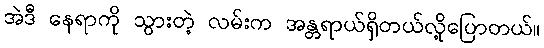
အဲဒီ နေရာကို သွားတဲ့ လမ်းက အန္တရာယ်ရှိတယ်လို့ပြောတယ်။